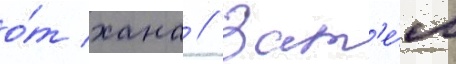
о́т хана // Зат'е́м